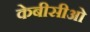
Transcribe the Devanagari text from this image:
केबीसीओ